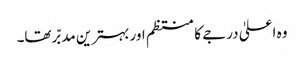
وہ اعلیٰ درجے کا منتظم اور بہترین مدبّر تھا۔